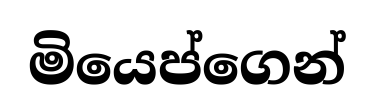
මියෙප්ගෙන්